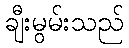
ချီးမွမ်းသည်